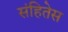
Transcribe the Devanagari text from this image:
संहितेस